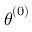
\boldsymbol { \theta } ^ { ( 0 ) }